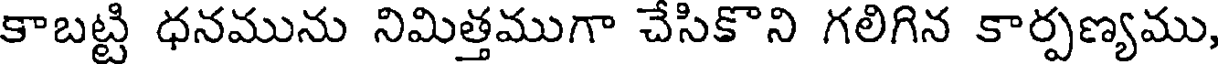
కాబట్టి ధనమును నిమిత్తముగా చేసికొని గలిగిన కార్పణ్యము,